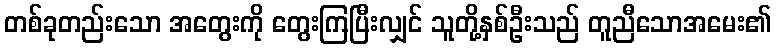
တစ်ခုတည်းသော အတွေးကို တွေးကြပြီးလျှင် သူတို့နှစ်ဦးသည် တူညီသောအမေး၏